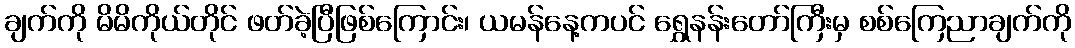
ချက်ကို မိမိကိုယ်တိုင် ဖတ်ခဲ့ပြီဖြစ်ကြောင်း၊ ယမန်နေ့ကပင် ရွှေနန်းတော်ကြီးမှ စစ်ကြေညာချက်ကို